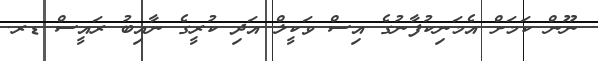
ނޫން ކަމަށް އެމަނިކުފާނުގެ އިސް ވަކީލް އަދި ކުރީގެ ނާއިބު ރައީސް ޑރ.